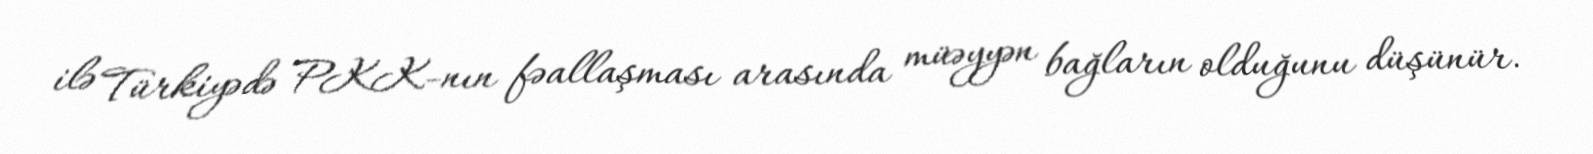
ilə Türkiyədə PKK-nın fəallaşması arasında müəyyən bağların olduğunu düşünür.